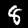
Digit: 8